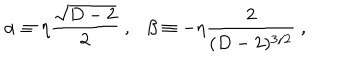
LaTeX: \alpha \equiv \eta { \frac { \sqrt { D - 2 } } { 2 } } ~ , \beta \equiv - \eta { \frac { 2 } { ( D - 2 ) ^ { 3 / 2 } } } ~ ,